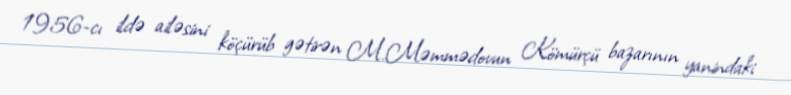
1956-cı ildə ailəsini köçürüb gətirən M.Məmmədovun Kömürçü bazarının yanindaki